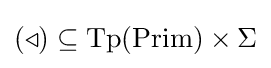
(\triangleleft )\subseteq {\text{Tp}}({\text{Prim}})\times \Sigma